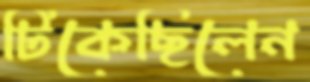
টিকেছিলেন